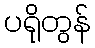
ပရိုတွန်